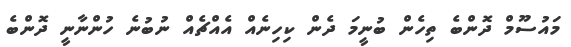
މައުސޫމް ދޮންބެ ތިހެން ބުނީމަ ދެން ކިހިނެއް އެއްޗެއް ނުބުނެ ހުންނާނީ ދޮންބެ